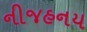
નીજહનય